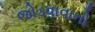
જોડવાવાનો